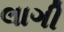
લાગી